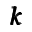
\pmb { k }